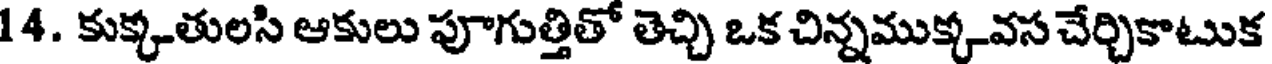
14. కుక్కతులసి ఆకులు పూగుత్తితో తెచ్చి ఒక చిన్నముక్కవస చేర్చికాటుక